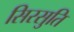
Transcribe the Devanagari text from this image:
सिरसुति